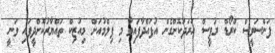
ފަންސަވީސް ކްރޯޑް ރުޕީސް ހަރަދުކޮށްގެން އުފައްދާފައިވާ މި ފިލްމުއަށް މިއުޒިކް ތައްޔާރުކޮށްދީފައި ވަނީ